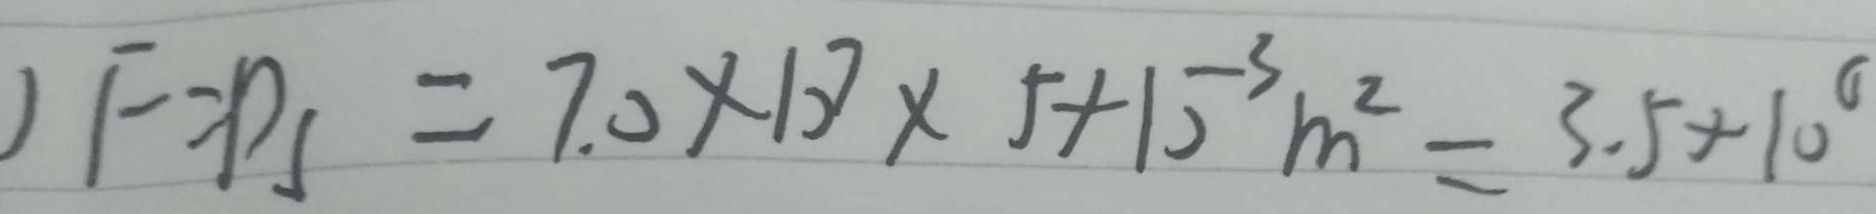
) F = P _ { 1 } = 7 . 0 \times 1 0 ^ { 7 } \times 5 + 1 0 ^ { - 3 } m ^ { 2 } = 3 . 5 \times 1 0 ^ { 6 }